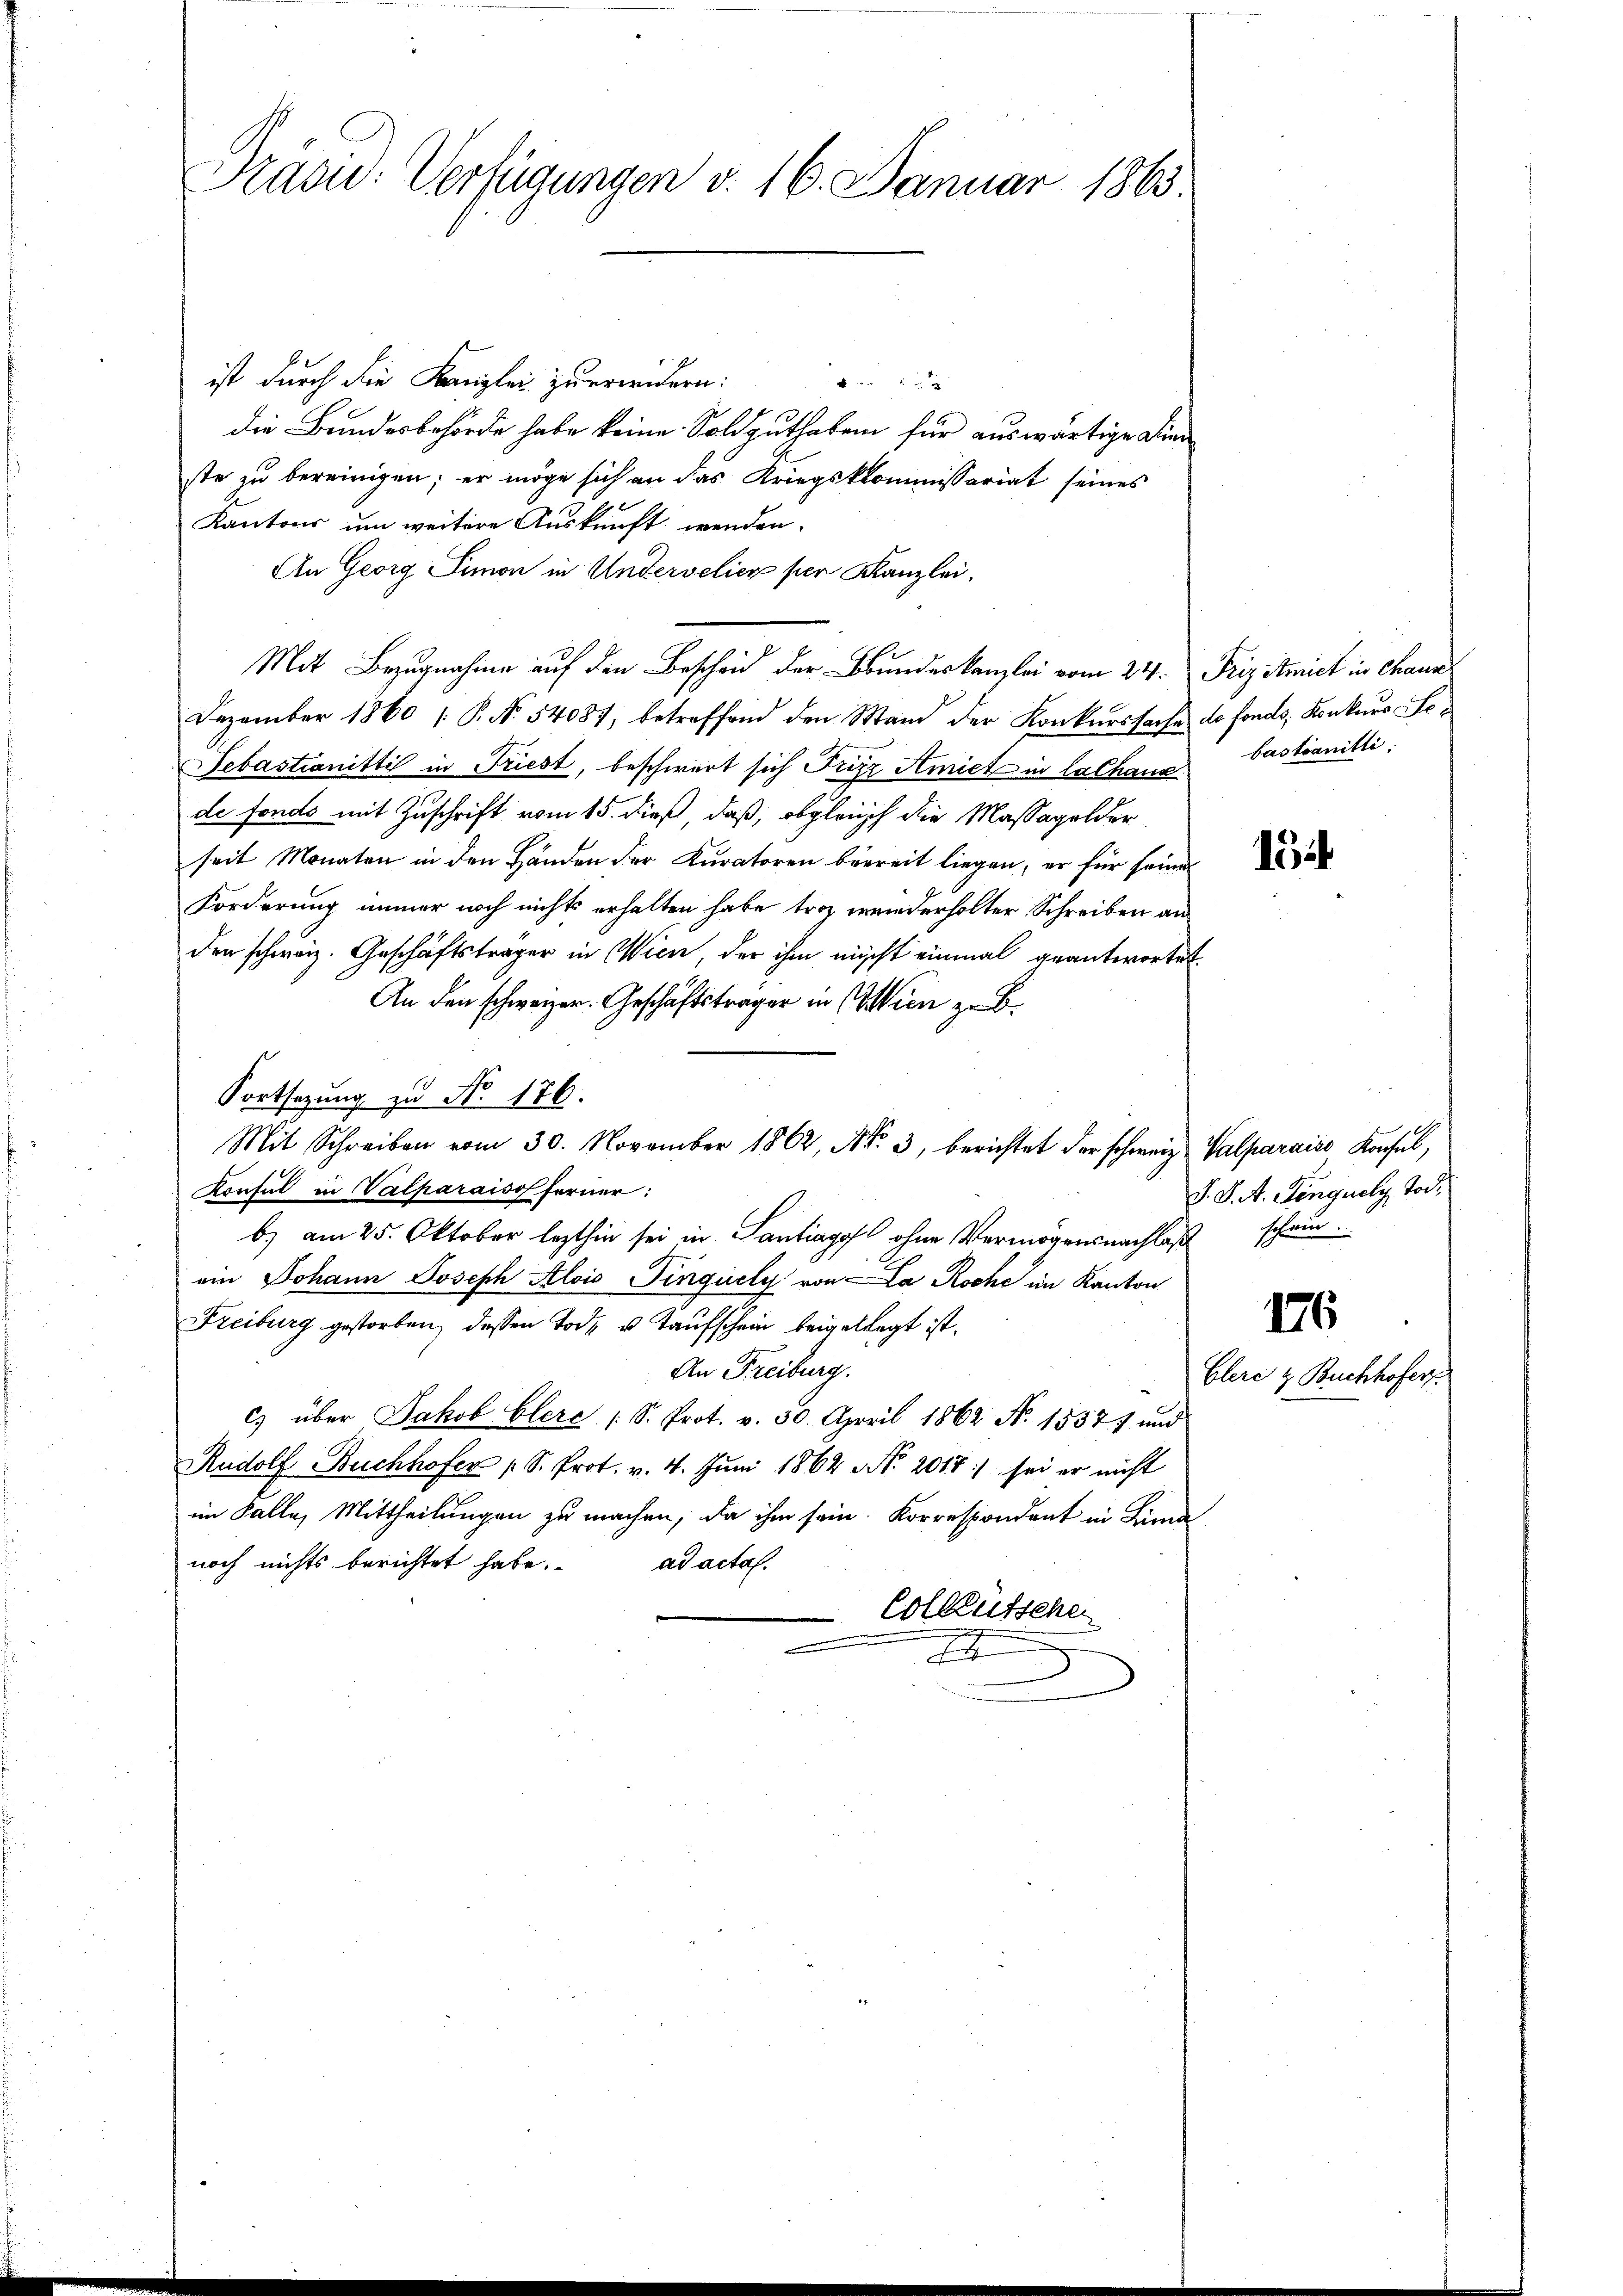
Präsid.: Verfügungen v. 16. Januar 1863.

ist durch die Kanzlei zu erwidern:
 4 x
die Bundesbehörde habe keine Soldguthaben für auswärtige Kinde
ste zu bereinigen; er möge sich an das Kriegskommissariat seines
Kantons um weitere Auskunft wenden.
An Georg Simon in Undervelier hier Kanzlei,
Mit Bezugnahme auf den Bescheid der Bundeskanzlei vom 24. Frizitmich in chann
Dezember 1860 P. N. 54087, betreffend den Stand der Konkurssache de fonds, Konkurs Le¬
Sebastianitti in Triest, beschwert sich Friz Amiet in Cathaue bastianitti
de fonds mit Zuschrift vom 15. dieß, daß, obgleich die Massagelder
seit Monaten in den Händen der Kuratoren bereit liegen, er für seines
Forderung immer noch nichts erhalten habe troz wiederholter Schreiben an
den schweiz. Geschäftsträger in Wien, der ihm nicht einmal geantwortet.
An den schweizer. Geschäftsträger in Wien zu B.
Fortsetzung zu No 176.
Mit Schreiben vom 30. November 1862, Nr. 3, berichtet der schweiz. Valparaićs Konsul,
Konsul in Valparaisof ferner:
b) am 25. Oktober lezthin sei in Santiagof ohne Vermögensnachlaß schwin
ein Johann Joseph Alois Pinguely von La Roche im Kanton
Freiburg gestorben, dessen Tode u. Taufschein beigelegt ist.
An Freiburg.
c) über Jakob Clere (S. Prot. v. 50. April 1862 No 1557 und
Rudolf Buchhofer 1 S. Prot. v. 4. Juni 1864 NNo. 2015) sei er nicht
im Falle, Mittheilungen zu machen, da ihm sein. Korrespondent in Lima
noch nichts berichtet habe.
ad acta.
Colleütsche
I

16

J. J. A. Singuely, Tod.

176
Elere & Buchhofer